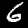
Label: 6